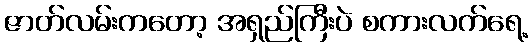
ဇာတ်လမ်းကတော့ အရှည်ကြီးပဲ စကားလက်ရေ့